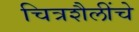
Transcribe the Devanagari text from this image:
चित्रशैलींचे